Annual report on the working of the mental hospitals in the Madras Presidency - 1912-1932
Year: 1912
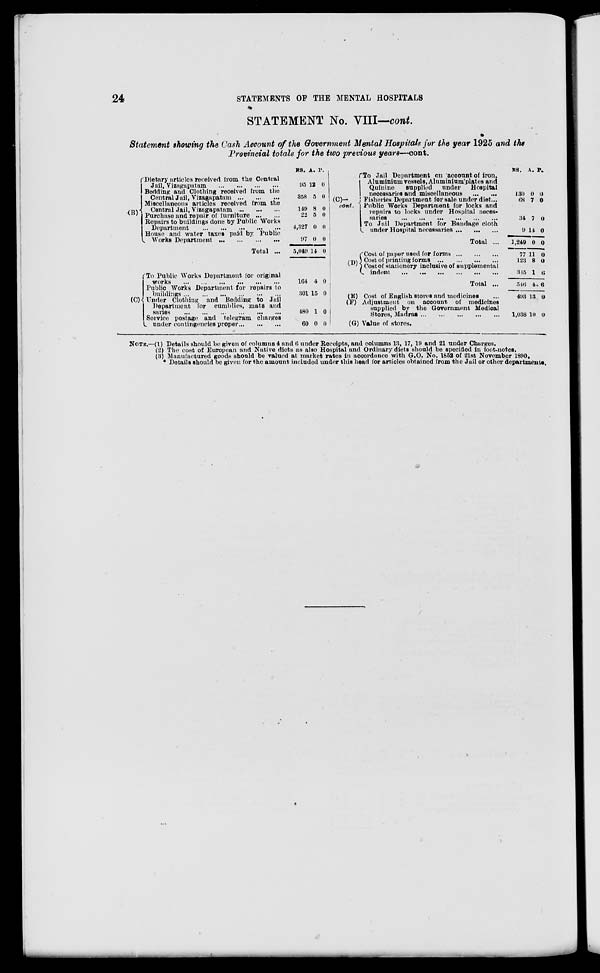
24
STATEMENTS OF THE MENTAL HOSPITALS
STATEMENT No. VIII—cont.
Statement showing the Cash Account of the Government Mental Hospitals for the year 1925 and the
Provincial totals for the two previous years—cont.
(B)
(C)
Dietary articles received from the Central
Jail, Vizagapatam
...
...
...
...
Bedding and Clothing received from the
Central Jail, Vizagapatam ... ... ...
Miscellaneous articles received from the
Central Jail, Vizagapatam ... ... ...
Purchase and repair of furniture
Repairs to buildings done by Public Works
Department
...
...
...
House and water taxes paid by Public
Works Department
...
...
...
...
Total ...
To Public Works Department for original
works
...
...
...
...
...
...
Public Works Department for repairs to
buildings
...
...
...
...
...
Under Clothing and Bedding to Jail
Department for cumblies, mats and
saries
...
...
...
...
...
...
Service postage and telegram charges
under
contingencies proper ... ... ...
RS.
95
358
149
22
4,327
97
5,049
164
301
480
60
A.
12
5
8
5
0
0
14
4
15
1
0
P.
0
0
0
0
0
0
0
0
0
0
0
(C)—
cont.
(D).
(E)
(F)
(G)
To Jail Department on account of iron.
Aluminium vessels, Aluminium plates and
Quinine
supplied under
Hospital
necessaries and miscellaneous
...
...
Fisheries Department for sale under diet ...
Public Works Department for locks and
repairs to locks under Hospital neces-
saries
...
...
...
...
...
To Jail Department for Bandage cloth
under Hospital necessaries ... ... ...
Total ...
Cost of paper used for forms ... ... ...
Cost of printing forms
...
...
...
...
Cost of stationery inclusive of supplemental
indent ... ... ... ... ... ...
Total ...
Cost of English stores and medicines ...
Adjustment on account of medicines
supplied by the Government Medical
Stores, Madras ... ... ... ... ... ...
Value of stores.
RS.
130
68
34
9
1,249
77
123
345
546
493
1,038
A.
0
7
7
14
0
11
8
1
4.
13
10
P.
0
0
0
0
0
0
0
6
6
0
0
NOTE.—(1) Details should be given of columns 4 and 6 under Receipts, and columns 13, 17, 19 and 21 under Charges.
(2) The cost of European and Native diets as also Hospital and Ordinary diets should he specified in foot-notes.
(3) Manufactured goods should be valued at market rates in accordance with G.O. No. 1852 of 21st November 1890.
* Details should be given for the amount included under this head for articles obtained from the Jail or other departments.